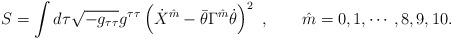
\begin{align*}S = \int d\tau \sqrt {-g_{\tau\tau}} g^{\tau\tau} \left( \dot X^{\hat m} -\bar \theta \Gamma^{\hat m} \dot \theta \right)^2 \ , \qquad \hat m = 0,1,\cdots , 8,9,10.\end{align*}